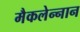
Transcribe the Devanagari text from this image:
मैकलेन्नान